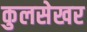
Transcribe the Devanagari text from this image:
कुलसेखर